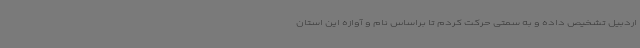
اردبیل تشخیص داده و به سمتی حرکت کردم تا براساس نام و آوازه این استان